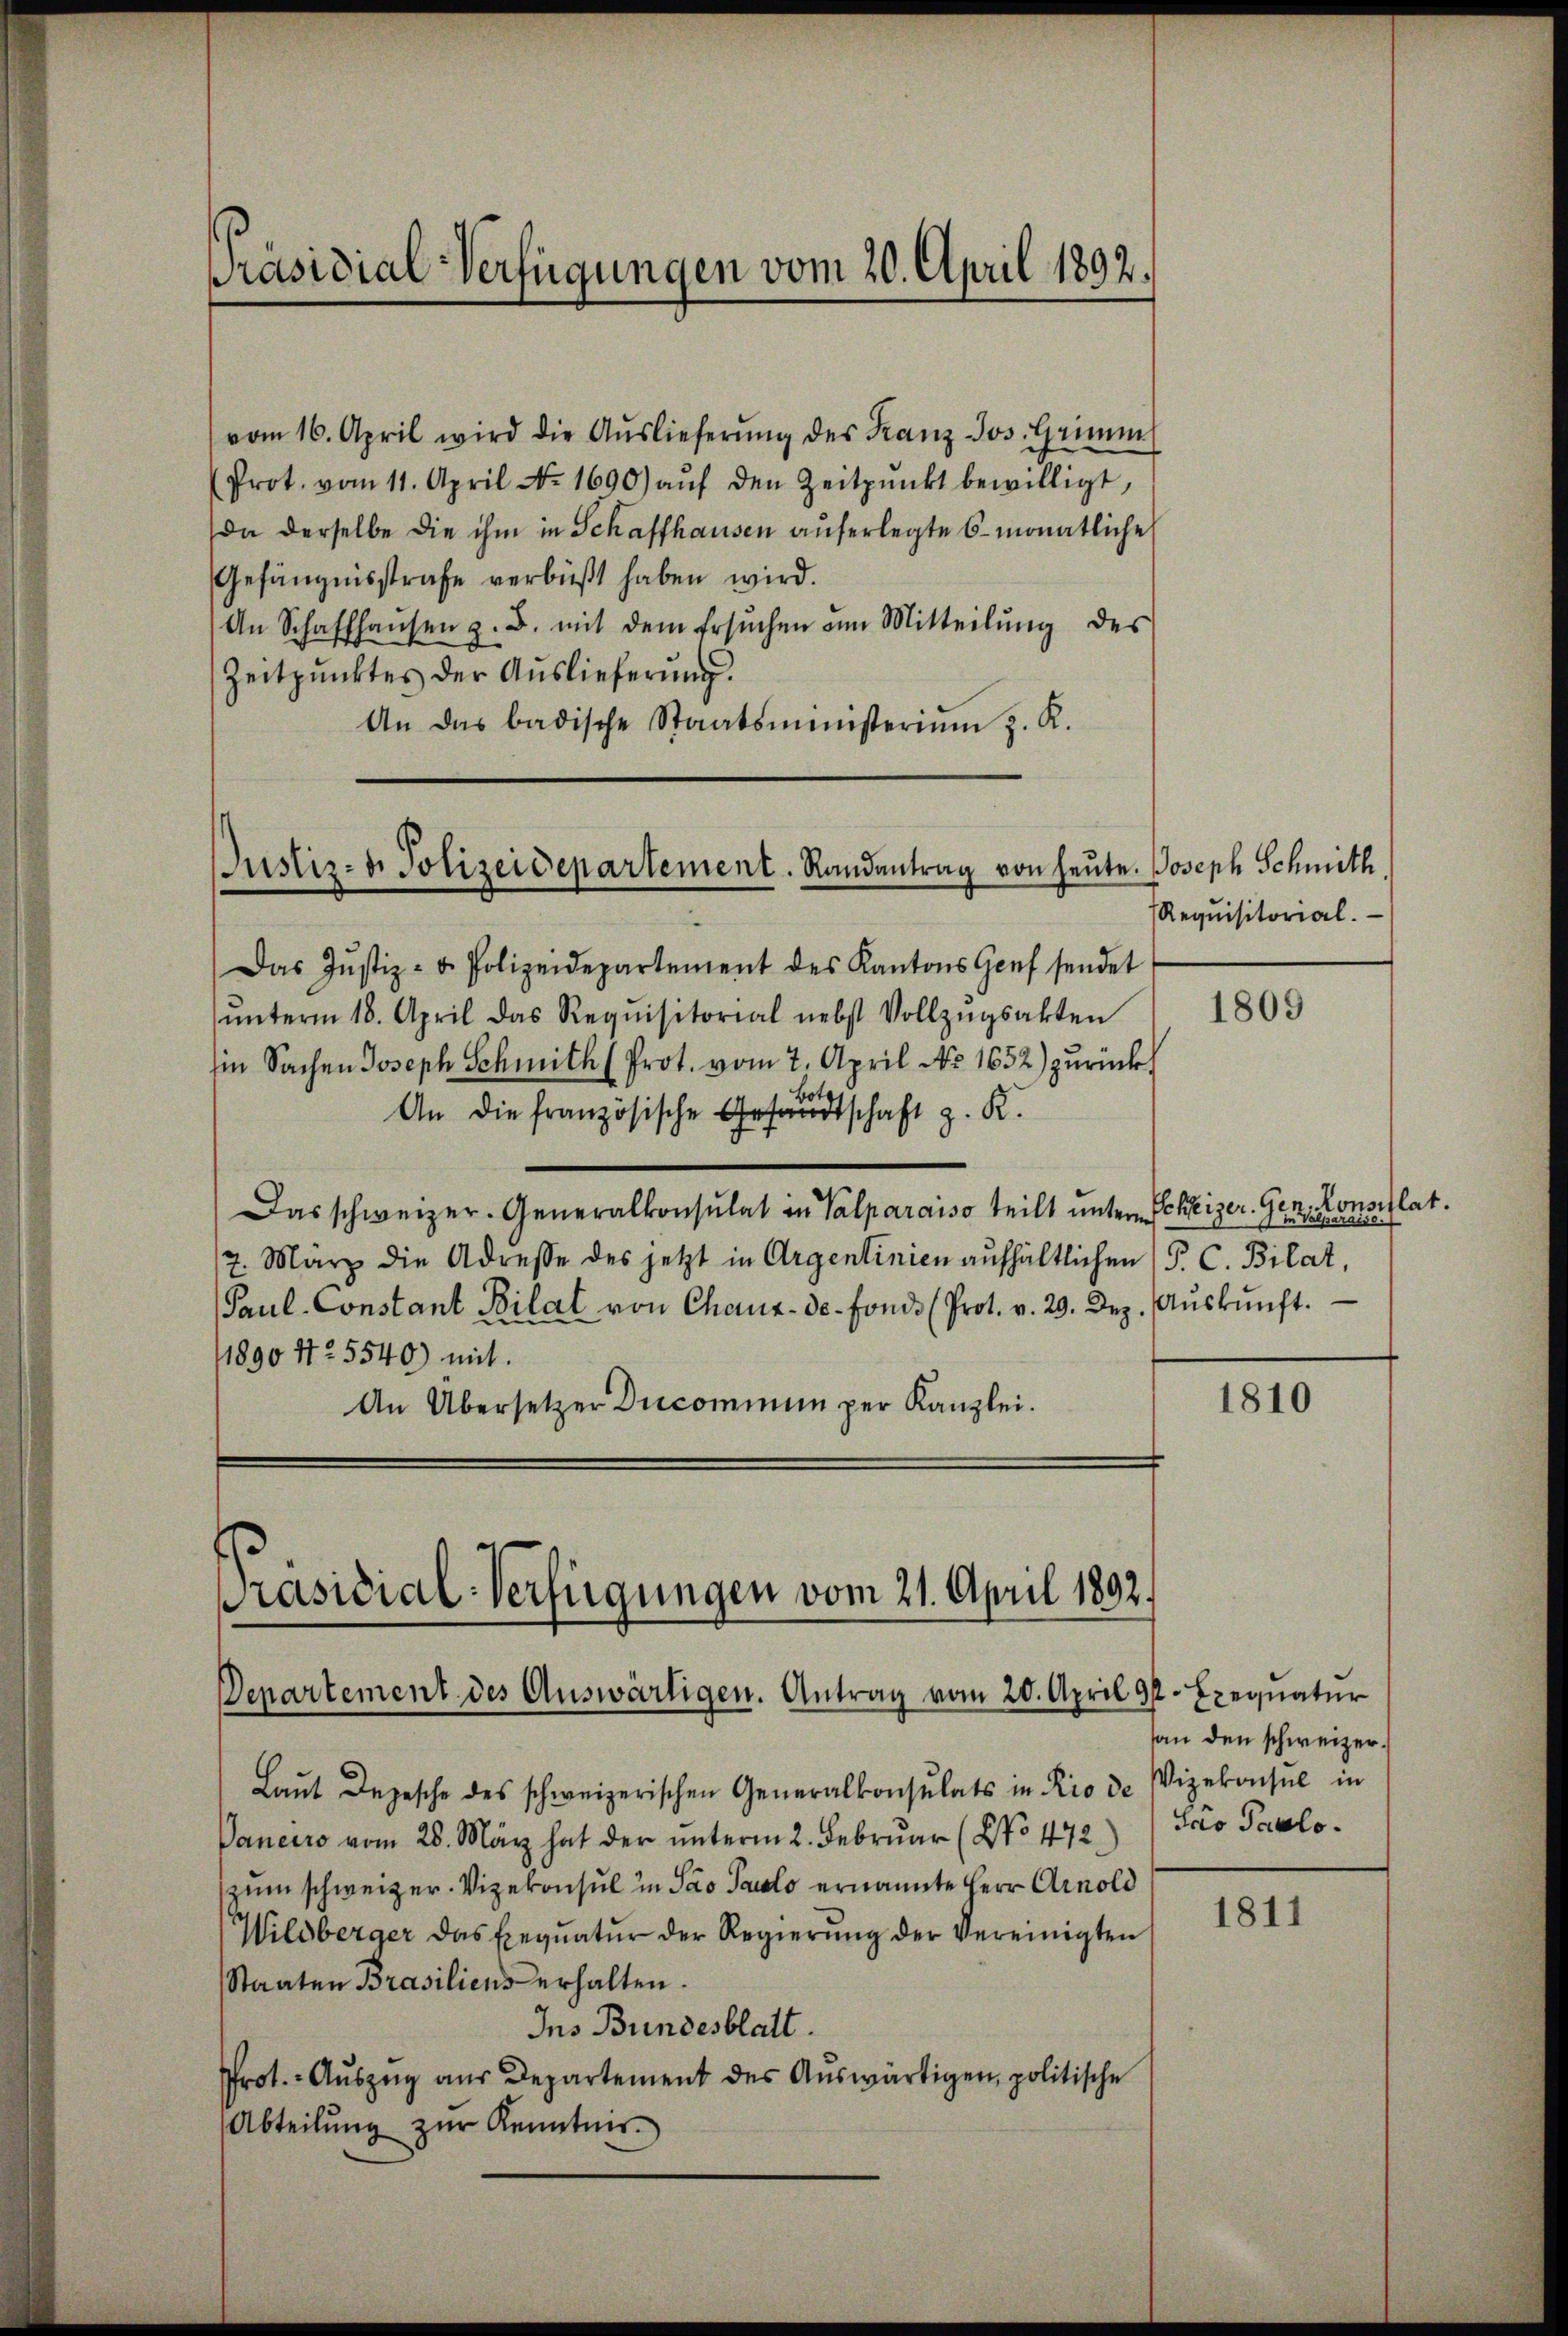
Präsidial-Verfügungen vom 20. April 1892.

vom 16. April wird die Aŭslieferŭng des Franz Jos. Grimm
Prot. vom 11. April No. 1690) aŭf den Zeitpunkt bewilligt,
da derselbe die ihm in Schaffhausen auferlegte 6 monatliche
Gefängnisstrafe verbüßt haben wird.
An Schaffhaŭsen z. B. mit dem Ersŭchen am Mitteilŭng des
Zeitpunktes der Auslieferŭng.
An das badische Staatsmünsterium z. R.

Justiz- u. Polizeidepartement. Randantrag von heute. Joseph Schmith

Präsidial-Verfügungen vom 21. April 1892.

Das Jŭstiz- u. Polizeidepartement des Kantons Genf sendet
ŭnterm 18. April das Requisitorial nebst Vollzŭgsakten
in Sachen Joseph Schmith (Prot. vom 7. April No 1652) zurückbot
An die französische Gesandtschaft z. K.
Das schweizer. Generalkonsulat in Valparaiso teilt unter Schreizer. Gen. Konsiflat.
7. März die Adresse des jetzt in Argenlinien aufhältlichen (P. C. Bilat,
Paul-Constant Bilat von Chaux-de-Fonds (Prot. v. 29. Dez. Aŭskŭnft.
1890 42. 5540) mit
An Übersetzer Diecominum per Kanzlei.

Departement des Auswärtigen. Antrag vom 20. April d. Exequatur
Laŭt Depesche des schweizerischen Generalkonsulats in Rio de Vizekonsul in
Panciro vom 28. März hat der unterm 2. Februar (No 472) / Iro Pavlozum schweizer. Vizekonsul in Pao Pauls ernannte Herr Arnold
Wildberger das Exeqŭatŭr der Regierŭng der Vereinigten
Staaten Brasiliens erhalten.
Ins Bundesblatt.
Prot.- Aŭszŭg aŭs Departement des Aŭswärtigen, politische
Abteilŭng zŭr Kenntnis.

Requisitorial.

1809

1810

an den schweizer.

1811